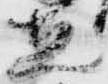
直